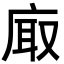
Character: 𢈾